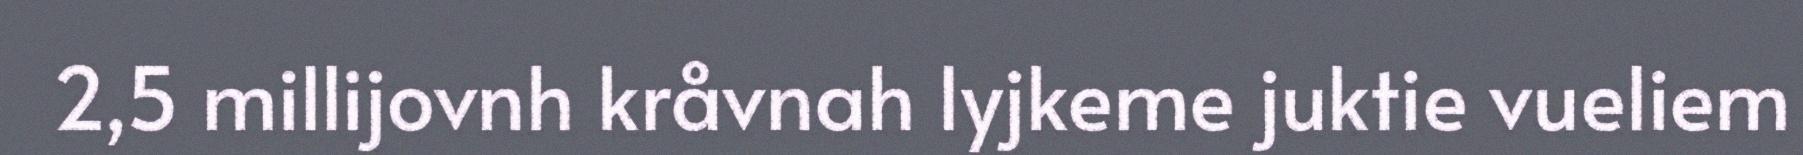
2,5 millijovnh kråvnah lyjkeme juktie vueliem